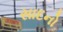
સાદનો